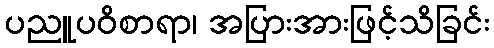
ပညူပဝိစာရာ၊ အပြားအားဖြင့်သိခြင်း